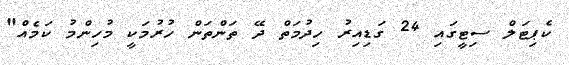
ކެޕިޓަލް ސިޓީގައި 24 ގަޑިއިރު ހިދުމަތް ދޭ ތަންތަން ހުރުމަކީ މުހިންމު ކަމެއް"